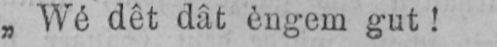
„Wé dêt dât èngem gut!